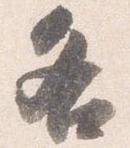
各